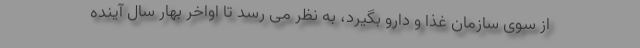
از سوی سازمان غذا و دارو بگیرد، به نظر می رسد تا اواخر بهار سال آینده